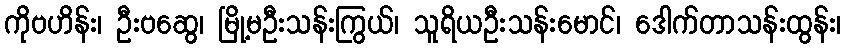
ကိုဗဟိန်း၊ ဦးဗဆွေ၊ မြို့မဦးသန်းကြွယ်၊ သူရိယဦးသန်းမောင်၊ ဒေါက်တာသန်းထွန်း၊